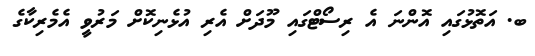
ބ. އަތޮޅުގައި އޮންނަ އެ ރިސޯޓްގައި މޫދަށް އެރި އުޅެނިކޮށް މަރުވީ އެމެރިކާގެ